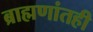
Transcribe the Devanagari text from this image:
ब्राह्मणांतही